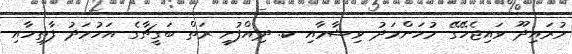
މުރައިދޫ ވައިޖެހޭގޭ މުހަންމަދު ވިޝާމާއި ކ. ދިއްފުށީ ރަތް ބަގީޗާގެ އަހުމަދު ފާތިހާއި